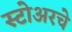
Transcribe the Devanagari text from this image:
स्टोअरचे